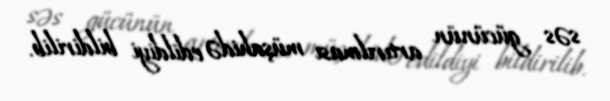
səs gücünün artırılması müşahidə edildiyi bildirilib.